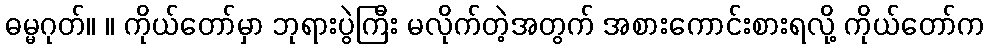
ဓမ္မဂုတ်။ ။ ကိုယ်တော်မှာ ဘုရားပွဲကြီး မလိုက်တဲ့အတွက် အစားကောင်းစားရလို့ ကိုယ်တော်က